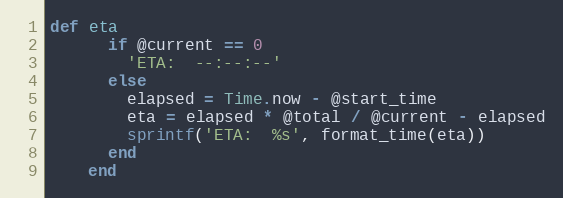
Language: Ruby
def eta
      if @current == 0
        'ETA:  --:--:--'
      else
        elapsed = Time.now - @start_time
        eta = elapsed * @total / @current - elapsed
        sprintf('ETA:  %s', format_time(eta))
      end
    end